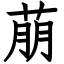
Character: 萠